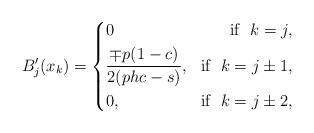
LaTeX: \begin{align*}B'_j(x_k)=\left\{\begin{aligned}&0 &\textrm{if}\ \ k=j, \\&\frac{\mp p(1-c)}{2(phc-s)}, &\textrm{if} \ \ k=j\pm1,\\&0, &\textrm{if} \ \ k=j\pm2,\end{aligned}\right.\end{align*}